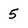
Character: 5